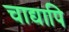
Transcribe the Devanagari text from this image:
चाद्यापि